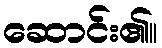
ဆောင်း၏။